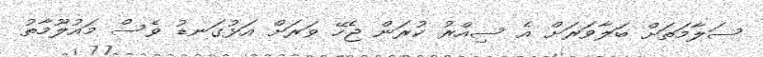
ސަލާމަތަށް ބަލާވަރަށް އެ ސިއްރު ކުރަން ޖެހޭ ވަރަށް އަޅުގަނޑު ވެސް މައުލޫމާތު